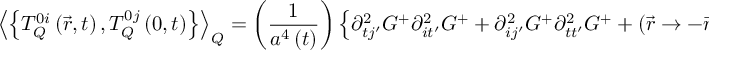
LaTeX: \left\langle \left\{ T _ { Q } ^ { 0 i } \left( \vec { r } , t \right) , T _ { Q } ^ { 0 j } \left( 0 , t \right) \right\} \right\rangle _ { Q } = \left( \frac { 1 } { a ^ { 4 } \left( t \right) } \right) \left\{ \partial _ { t j ^ { \prime } } ^ { 2 } G ^ { + } \partial _ { i t ^ { \prime } } ^ { 2 } G ^ { + } + \partial _ { i j ^ { \prime } } ^ { 2 } G ^ { + } \partial _ { t t ^ { \prime } } ^ { 2 } G ^ { + } + \left( \vec { r } \rightarrow - \vec { r } \right) \right\}